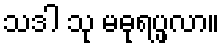
သဒါ သု မဓုရပ္ဖလာ။